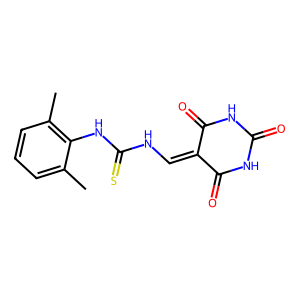
SMILES: Cc1cccc(C)c1NC(=S)NC=C1C(=O)NC(=O)NC1=O
Inhibits HIV replication: No